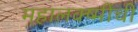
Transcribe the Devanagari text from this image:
महालक्ष्मींची